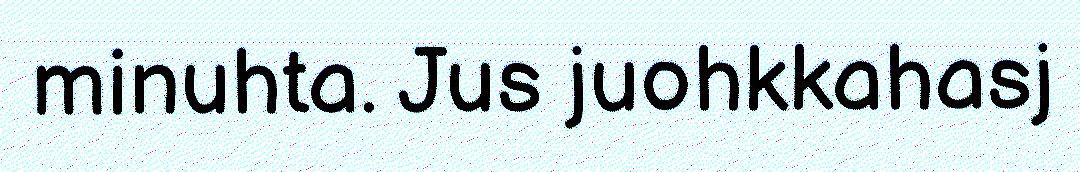
minuhta. Jus juohkkahasj